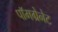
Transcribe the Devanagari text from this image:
पॉमग्रेनेट